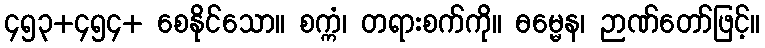
၄၅၃+၄၅၄+ စေနိုင်သော။ စက္ကံ၊ တရားစက်ကို။ ဓမ္မေန၊ ဉာဏ်တော်ဖြင့်။